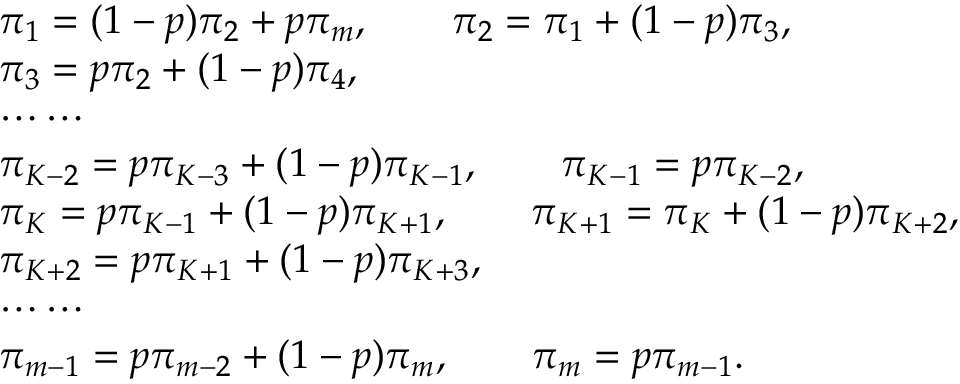
\begin{array} { r l } & { \pi _ { 1 } = ( 1 - p ) \pi _ { 2 } + p \pi _ { m } , \qquad \pi _ { 2 } = \pi _ { 1 } + ( 1 - p ) \pi _ { 3 } , } \\ & { \pi _ { 3 } = p \pi _ { 2 } + ( 1 - p ) \pi _ { 4 } , } \\ & { \cdots \cdots } \\ & { \pi _ { K - 2 } = p \pi _ { K - 3 } + ( 1 - p ) \pi _ { K - 1 } , \qquad \pi _ { K - 1 } = p \pi _ { K - 2 } , } \\ & { \pi _ { K } = p \pi _ { K - 1 } + ( 1 - p ) \pi _ { K + 1 } , \qquad \pi _ { K + 1 } = \pi _ { K } + ( 1 - p ) \pi _ { K + 2 } , } \\ & { \pi _ { K + 2 } = p \pi _ { K + 1 } + ( 1 - p ) \pi _ { K + 3 } , } \\ & { \cdots \cdots } \\ & { \pi _ { m - 1 } = p \pi _ { m - 2 } + ( 1 - p ) \pi _ { m } , \qquad \pi _ { m } = p \pi _ { m - 1 } . } \end{array}